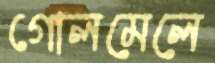
গোলমেলে